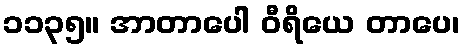
၁၁၃၅။ အာတာပေါ ဝီရိယေ တာပေ၊